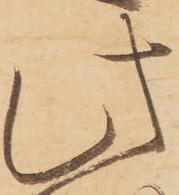
此